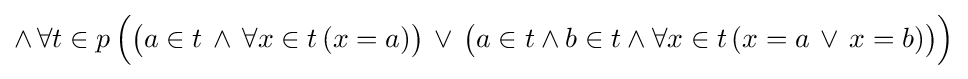
\land \,\forall t\in p\,{\Big (}{\big (}a\in t\,\land \,\forall x\in t\,(x=a){\big )}\,\lor \,{\big (}a\in t\land b\in t\land \forall x\in t\,(x=a\,\lor \,x=b){\big )}{\Big )}